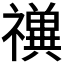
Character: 𱵲